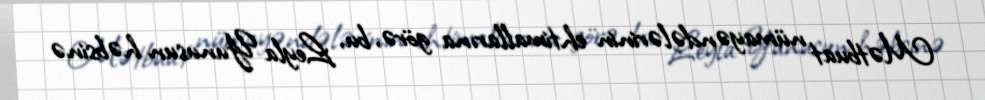
Mətbuat nümayəndələrinin ehtimallarına görə, bu, Leyla Yunusun həbsinə